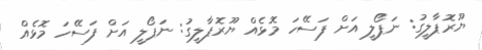
ޔޫރޮޕާލީގު: ނަޕޯލީ އަށް ފަސޭހަ މޮޅެއް ޔޫރޮޕާލީގު: ނަޕޯލީ އަށް ފަސޭހަ މޮޅެއް